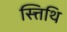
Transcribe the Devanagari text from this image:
स्त्तिथि